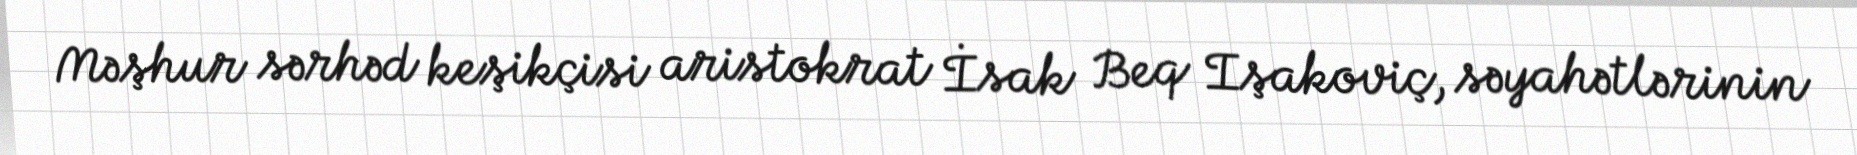
Məşhur sərhəd keşikçisi aristokrat İsak Beq Işakoviç, səyahətlərinin